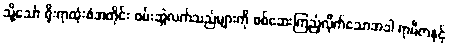
သို့သော် ရိုးရာထုံးစံအတိုင်း ဝမ်းဆွဲလက်သည်များကို စစ်ဆေးကြည့်လိုက်သောအခါ ရာမီဇာနှင့်